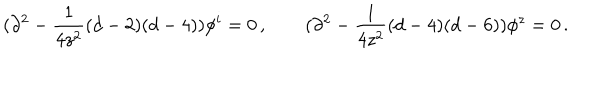
LaTeX: ( \partial ^ { 2 } - \frac { 1 } { 4 z ^ { 2 } } ( d - 2 ) ( d - 4 ) ) \phi ^ { i } = 0 \, , \qquad ( \partial ^ { 2 } - \frac { 1 } { 4 z ^ { 2 } } ( d - 4 ) ( d - 6 ) ) \phi ^ { z } = 0 \, .